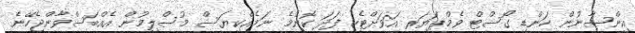
އިންސާނުން ހަންޑި ގޯސްޓް ވެމްޕަޔަރ އަވަށްޓެހި ފަދަ ކޮންމެ ނަމެއްކިޔަސް މުސްލިމުން އެއްބަސްވާންޖެހޭނެ